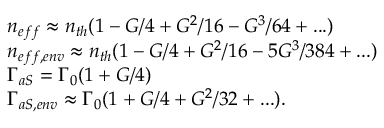
\begin{array} { r l } & { \! \! \! \! n _ { e f f } \approx n _ { t h } ( 1 - G / 4 + G ^ { 2 } / 1 6 - G ^ { 3 } / 6 4 + . . . ) } \\ & { \! \! \! \! n _ { e f f , e n v } \approx n _ { t h } ( 1 - G / 4 + G ^ { 2 } / 1 6 - 5 G ^ { 3 } / 3 8 4 + . . . ) } \\ & { \! \! \! \! \Gamma _ { a S } = \Gamma _ { 0 } ( 1 + G / 4 ) } \\ & { \! \! \! \! \Gamma _ { a S , e n v } \approx \Gamma _ { 0 } ( 1 + G / 4 + G ^ { 2 } / 3 2 + . . . ) . } \end{array}